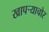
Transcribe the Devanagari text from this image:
खापर्‍याचोर